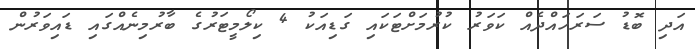
އަދި ބޮޑު ސަރަހައްދެއް ކަވަރު ކުރުމަށްޓަކައި ގަޑިއަކު 4 ކިލޯމީޓަރުގެ ބާރުމިނެއްގައި ޑައިވަރުން